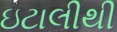
ઇટાલીથી